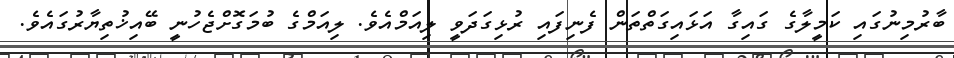
ބާރުމިނުގައި ކަމީލާގެ ގައިގާ އަޅައިގަތްތަން ފެނިފައި ރުޅިގަދަވީ ލިއަމްއެވެ. ލިއަމްގެ ބުމަގޮށްޖެހުނީ ބޭއިޚުތިޔާރުގައެވެ.